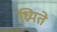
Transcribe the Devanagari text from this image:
ध्रियते